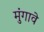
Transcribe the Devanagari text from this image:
मुंगावे